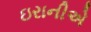
ઇરાનીએ